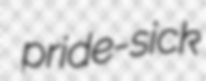
pride-sick